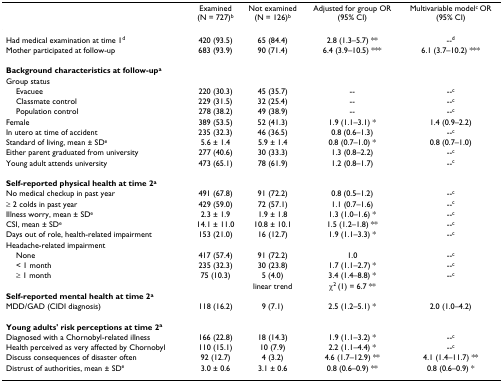
<table><thead><tr><td></td><td><b>Examined(N = 727)<sup>b</sup></b></td><td><b>Not examined(N = 126)<sup>b</sup></b></td><td><b>Adjusted for group OR(95% CI)</b></td><td><b>Multivariable model<sup>c </sup>OR(95% CI)</b></td></tr></thead><tbody><tr><td>Had medical examination at time 1<sup>d</sup></td><td>420 (93.5)</td><td>65 (84.4)</td><td>2.8 (1.3–5.7) **</td><td>--<sup>d</sup></td></tr><tr><td>Mother participated at follow-up</td><td>683 (93.9)</td><td>90 (71.4)</td><td>6.4 (3.9–10.5) ***</td><td>6.1 (3.7–10.2) ***</td></tr><tr><td><b>Background characteristics at follow-up<sup>a</sup></b></td><td></td><td></td><td></td><td></td></tr><tr><td>Group status</td><td></td><td></td><td></td><td></td></tr><tr><td> Evacuee</td><td>220 (30.3)</td><td>45 (35.7)</td><td>--</td><td>--<sup>c</sup></td></tr><tr><td> Classmate control</td><td>229 (31.5)</td><td>32 (25.4)</td><td>--</td><td>--<sup>c</sup></td></tr><tr><td> Population control</td><td>278 (38.2)</td><td>49 (38.9)</td><td>--</td><td>--<sup>c</sup></td></tr><tr><td>Female</td><td>389 (53.5)</td><td>52 (41.3)</td><td>1.9 (1.1–3.1) *</td><td>1.4 (0.9–2.2)</td></tr><tr><td>In utero at time of accident</td><td>235 (32.3)</td><td>46 (36.5)</td><td>0.8 (0.6–1.3)</td><td>--<sup>c</sup></td></tr><tr><td>Standard of living, mean ± SD<sup>e</sup></td><td>5.6 ± 1.4</td><td>5.9 ± 1.4</td><td>0.8 (0.7–1.0) *</td><td>0.8 (0.7–1.0)</td></tr><tr><td>Either parent graduated from university</td><td>277 (40.6)</td><td>30 (33.3)</td><td>1.3 (0.8–2.2)</td><td>--<sup>c</sup></td></tr><tr><td>Young adult attends university</td><td>473 (65.1)</td><td>78 (61.9)</td><td>1.2 (0.8–1.7)</td><td>--<sup>c</sup></td></tr><tr><td><b>Self-reported physical health at time 2<sup>a</sup></b></td><td></td><td></td><td></td><td></td></tr><tr><td>No medical checkup in past year</td><td>491 (67.8)</td><td>91 (72.2)</td><td>0.8 (0.5–1.2)</td><td>--<sup>c</sup></td></tr><tr><td>≥ 2 colds in past year</td><td>429 (59.0)</td><td>72 (57.1)</td><td>1.1 (0.7–1.6)</td><td>--<sup>c</sup></td></tr><tr><td>Illness worry, mean ± SD<sup>e</sup></td><td>2.3 ± 1.9</td><td>1.9 ± 1.8</td><td>1.3 (1.0–1.6) *</td><td>--<sup>c</sup></td></tr><tr><td>CSI, mean ± SD<sup>e</sup></td><td>14.1 ± 11.0</td><td>10.8 ± 10.1</td><td>1.5 (1.2–1.8) **</td><td>--<sup>c</sup></td></tr><tr><td>Days out of role, health-related impairment</td><td>153 (21.0)</td><td>16 (12.7)</td><td>1.9 (1.1–3.3) *</td><td>--<sup>c</sup></td></tr><tr><td>Headache-related impairment</td><td></td><td></td><td></td><td></td></tr><tr><td> None</td><td>417 (57.4)</td><td>91 (72.2)</td><td>1.0</td><td>--<sup>c</sup></td></tr><tr><td> &lt; 1 month</td><td>235 (32.3)</td><td>30 (23.8)</td><td>1.7 (1.1–2.7) *</td><td>--<sup>c</sup></td></tr><tr><td> ≥ 1 month</td><td>75 (10.3)</td><td>5 (4.0)</td><td>3.4 (1.4–8.8) *</td><td>--<sup>c</sup></td></tr><tr><td></td><td></td><td>linear trend</td><td>χ<sup>2 </sup>(1) = 6.7 **</td><td></td></tr><tr><td><b>Self-reported mental health at time 2<sup>a</sup></b></td><td></td><td></td><td></td><td></td></tr><tr><td>MDD/GAD (CIDI diagnosis)</td><td>118 (16.2)</td><td>9 (7.1)</td><td>2.5 (1.2–5.1) *</td><td>2.0 (1.0–4.2)</td></tr><tr><td><b>Young adults&#x27; risk perceptions at time 2<sup>a</sup></b></td><td></td><td></td><td></td><td></td></tr><tr><td>Diagnosed with a Chornobyl-related illness</td><td>166 (22.8)</td><td>18 (14.3)</td><td>1.9 (1.1–3.2) *</td><td>--<sup>c</sup></td></tr><tr><td>Health perceived as very affected by Chornobyl</td><td>110 (15.1)</td><td>10 (7.9)</td><td>2.2 (1.1–4.4) *</td><td>--<sup>c</sup></td></tr><tr><td>Discuss consequences of disaster often</td><td>92 (12.7)</td><td>4 (3.2)</td><td>4.6 (1.7–12.9) **</td><td>4.1 (1.4–11.7) **</td></tr><tr><td>Distrust of authorities, mean ± SD<sup>e</sup></td><td>3.0 ± 0.6</td><td>3.1 ± 0.6</td><td>0.8 (0.6–0.9) **</td><td>0.8 (0.6–0.9) *</td></tr></tbody></table>